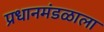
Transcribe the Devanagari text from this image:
प्रधानमंडळाला